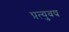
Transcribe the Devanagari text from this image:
प्रत्युवष